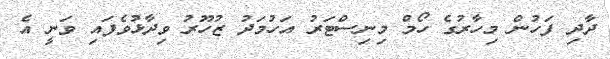
ދާދި ފަހުން މިހާރުގެ ހޯމް މިނިސްޓަރު އަހުމަދު ޒުހޫރު ވިދާޅުވެފައި ވަނީ އެ